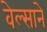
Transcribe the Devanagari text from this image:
वेल्साने